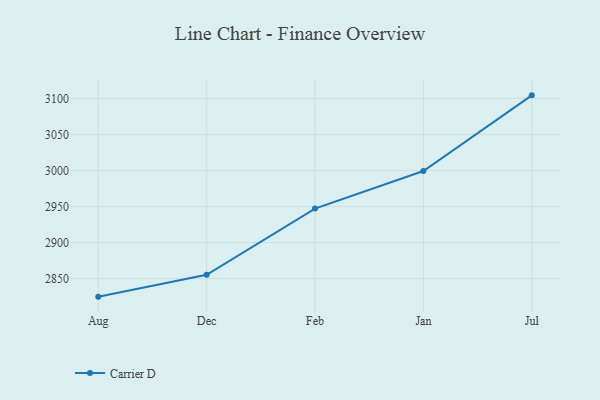
{"axis": {"x": "Month", "y": "Latency (ms)"}, "legend": ["Carrier D"], "data": [{"x": "Aug", "y": 2824.8, "type": "Carrier D"}, {"x": "Dec", "y": 2855.2, "type": "Carrier D"}, {"x": "Feb", "y": 2947.1, "type": "Carrier D"}, {"x": "Jan", "y": 2999.2, "type": "Carrier D"}, {"x": "Jul", "y": 3104.3, "type": "Carrier D"}]}